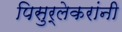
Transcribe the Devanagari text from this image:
पिसुर्लेकरांनी